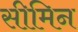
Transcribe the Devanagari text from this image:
सीमिन